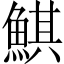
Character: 鯕